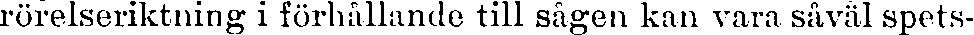
rörelseriktning i förhållande till sågen kan vara såväl spets-